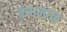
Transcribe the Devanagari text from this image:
कंधमाळ